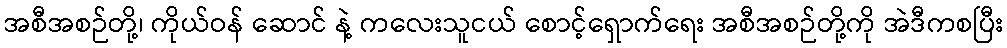
အစီအစဉ်တို့၊ ကိုယ်ဝန် ဆောင် နဲ့ ကလေးသူငယ် စောင့်ရှောက်ရေး အစီအစဉ်တို့ကို အဲဒီကစပြီး